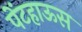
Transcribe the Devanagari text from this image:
पेंटहाऊस